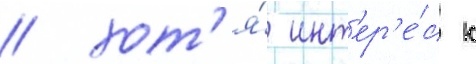
/ хот'я́ инт'ер'е́с к